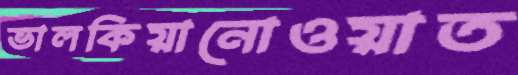
ভালকিয়ানোওয়াত